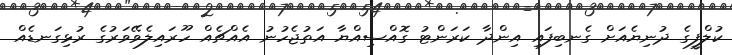
ކުލްފީގެ ދުނިޔެއަށް ގެނބިފައި އިންދާ ކަރަންޓު ގޮއްސިއްޔާ އަތުޖެހުނު އެއްޗެއް ހޫރައިލެވޭވަރުގެ ރުޅިގަނޑެއް